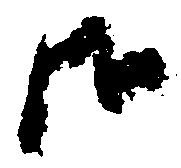
御